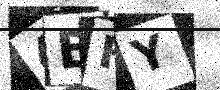
Text: 4BHY